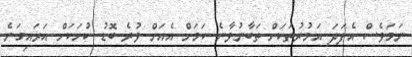
ނަމަވެސް އެފަދަ އަމުރުތަކަށް ތަބާނުވާނެ ކަމަށް އެއަށް ވުރެ ބޮޑު ކުށަކަށް އަރައިގަނެ